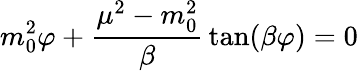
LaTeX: m_{0}^{2}\varphi+{\frac{\mu^{2}-m_{0}^{2}}{\beta}}\tan(\beta\varphi)=0